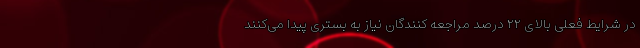
در شرایط فعلی بالای ۲۲ درصد مراجعه کنندگان نیاز به بستری پیدا می‌کنند